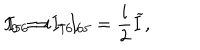
I _ { 0 } = i I _ { 1 6 } , \hspace { 0 . 3 i n } I _ { 5 6 } = - I _ { 6 5 } = \frac i 2 \widetilde { I } ,